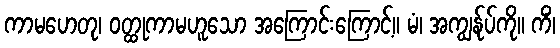
ကာမဟေတု၊ ဝတ္ထုကာမဟူသော အကြောင်းကြောင့်။ မံ၊ အကျွန်ုပ်ကို။ ကိံ၊